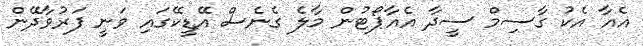
އެއާ އެކު ގާސިމް ސީދާ އެއާޕޯޓުން މާލެ ގެނެސް އޭޑީކޭގައި ވަނީ ފަރުވާދޭން